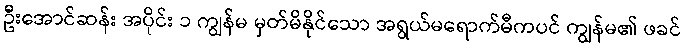
ဦးအောင်ဆန်း အပိုင်း ၁ ကျွန်မ မှတ်မိနိုင်သော အရွယ်မရောက်မီကပင် ကျွန်မ၏ ဖခင်